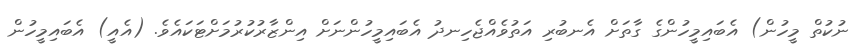
ނުކުތް މީހުން) އެބައިމީހުންގެ ގާތަށް އެނބުރި އަތުވެއްޖެހިނދު އެބައިމީހުންނަށް އިންޒާރުކުރުމަށްޓަކައެވެ. (އެއީ) އެބައިމީހުން